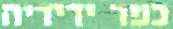
כפר ידידיה